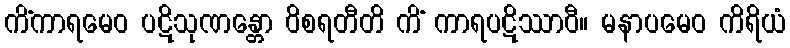
ကိံကာရမေဝ ပဋိသုဏန္တော ဝိစရတီတိ ကိံ ကာရပဋိဿာဝီ။ မနာပမေဝ ကိရိယံ